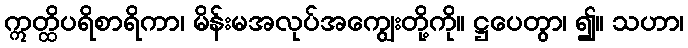
ဣတ္ထိပရိစာရိကာ၊ မိန်းမအလုပ်အကျွေးတို့ကို။ ဋ္ဌပေတွာ၊ ၍။ သဟာ၊